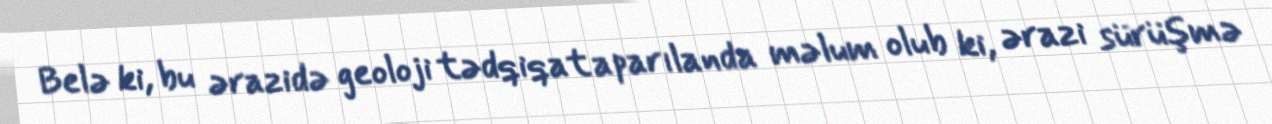
Belə ki, bu ərazidə geoloji tədqiqat aparılanda məlum olub ki, ərazi sürüşmə